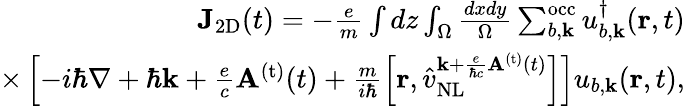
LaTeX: \begin{array}{r}{{\mathbf J}_{\mathrm{2D}}(t)=-\frac{e}{m}\int dz\int_{\Omega}\frac{dxdy}{\Omega}\sum_{b,{\mathbf k}}^{\mathrm{occ}}u_{b,{\mathbf k}}^{\dagger}({\mathbf r},t)}\\ {\times\left[-i\hbar\nabla+\hbar{\mathbf k}+\frac{e}{c}{\mathbf A}^{\mathrm{(t)}}(t)+\frac{m}{i\hbar}\left[{\mathbf r},\hat{v}_{\mathrm{NL}}^{{{\mathbf k}+\frac{e}{\hbar c}{\mathbf A}^{\mathrm{(t)}}(t)}}\right]\right]u_{b,{\mathbf k}}({\mathbf r},t),}\end{array}